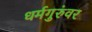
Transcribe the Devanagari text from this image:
धर्मगुरुंवर